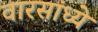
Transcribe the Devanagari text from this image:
वारसांध्ये